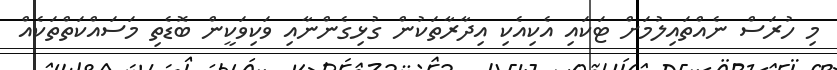
މި ހުރަސް ނެއްތައިލުމަށް ޓަކައި އެކިއެކި އިދާރާތަކުން ގުޅިގެންނާއި ވަކިވަކީން ބޮޑެތި މަސައްކަތްތަކެއް